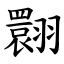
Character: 翾